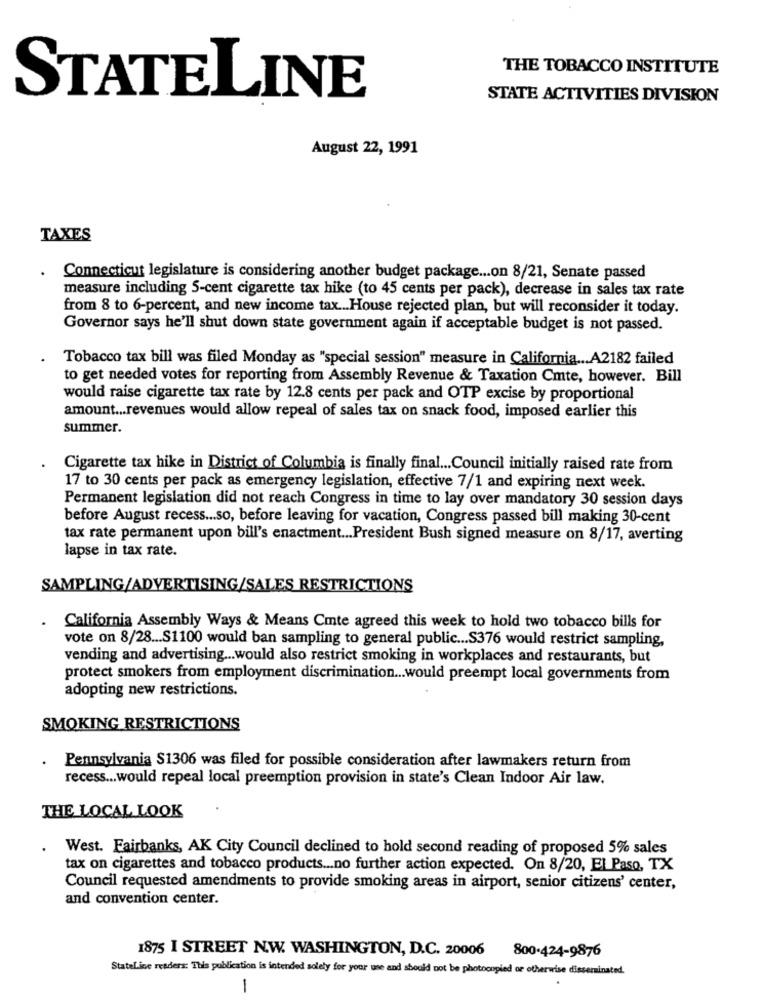
THE TOBACCO INSTITUTE
STATELINE
STATE ACTIVITIES DIVISION
August 22, 1991
TAXES
. Connecticut legislature is considering another budget package ... on 8/21, Senate passed
measure including 5-cent cigarette tax hike (to 45 cents per pack), decrease in sales tax rate
from 8 to 6-percent, and new income tax ... House rejected plan, but will reconsider it today.
Governor says he'll shut down state government again if acceptable budget is not passed.
Tobacco tax bill was filed Monday as "special session" measure in California ... A2182 failed
to get needed votes for reporting from Assembly Revenue & Taxation Cmte, however. Bill
would raise cigarette tax rate by 12.8 cents per pack and OTP excise by proportional
amount ... revenues would allow repeal of sales tax on snack food, imposed earlier this
summer.
Cigarette tax hike in District of Columbia is finally final ... Council initially raised rate from
17 to 30 cents per pack as emergency legislation, effective 7/1 and expiring next week.
Permanent legislation did not reach Congress in time to lay over mandatory 30 session days
before August recess ... so, before leaving for vacation, Congress passed bill making 30-cent
tax rate permanent upon bill's enactment ... President Bush signed measure on 8/17, averting
lapse in tax rate.
SAMPLING/ADVERTISING/SALES RESTRICTIONS
.
California Assembly Ways & Means Cmte agreed this week to hold two tobacco bills for
vote on 8/28 ... S1100 would ban sampling to general public ... S376 would restrict sampling,
vending and advertising ... would also restrict smoking in workplaces and restaurants, but
protect smokers from employment discrimination ... would preempt local governments from
adopting new restrictions.
SMOKING RESTRICTIONS
Pennsylvania S1306 was filed for possible consideration after lawmakers return from
recess ... would repeal local preemption provision in state's Clean Indoor Air law.
THE LOCAL LOOK
West. Fairbanks, AK City Council declined to hold second reading of proposed 5% sales
tax on cigarettes and tobacco products ... no further action expected. On 8/20, El Paso, TX
Council requested amendments to provide smoking areas in airport, senior citizens' center,
and convention center.
1875 I STREET N.W. WASHINGTON, D.C. 20006
800-424-9876
Stateline readers: This publication is intended solely for your use and should not be photocopied or otherwise disseminated.
-